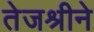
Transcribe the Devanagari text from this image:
तेजश्रीने